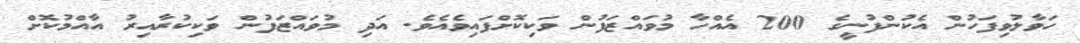
ހަވާލުވިފަހުން އެކުންފުނީގެ 200 އެއްހާ މުވައްޒަފުން ވަކިކޮށްފައިވެއެވެ. އަދި މުވައްޒަފުން ވަކިކުރާއިރު އާއްމުކޮށް